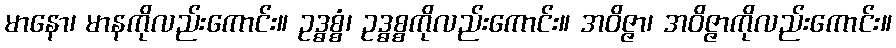
မာနော၊ မာနကိုလည်းကောင်း။ ဥဒ္ဓစ္စံ၊ ဥဒ္ဓစ္စကိုလည်းကောင်း။ အဝိဇ္ဇာ၊ အဝိဇ္ဇာကိုလည်းကောင်း။